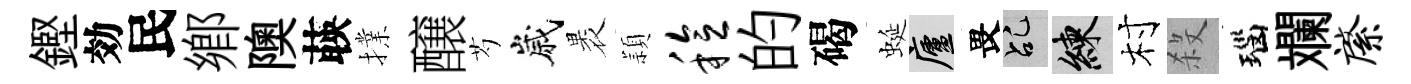
鏗効民鄕隩𦴤擈醸芍嵗褁頴稔的碣蜒廬畏乩練村殺瑙斕綮